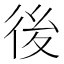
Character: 後